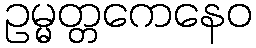
ဥမ္မတ္တကေနေဝ